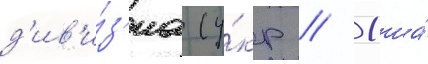
д'ив'и́з'иа (у́кр // 1-ша́